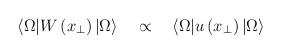
LaTeX: \begin{align*}\langle \Omega| W \left(x_{\perp}\right)|\Omega \rangle \quad\propto \quad \langle \Omega| u \left(x_{\perp}\right)|\Omega \rangle\end{align*}